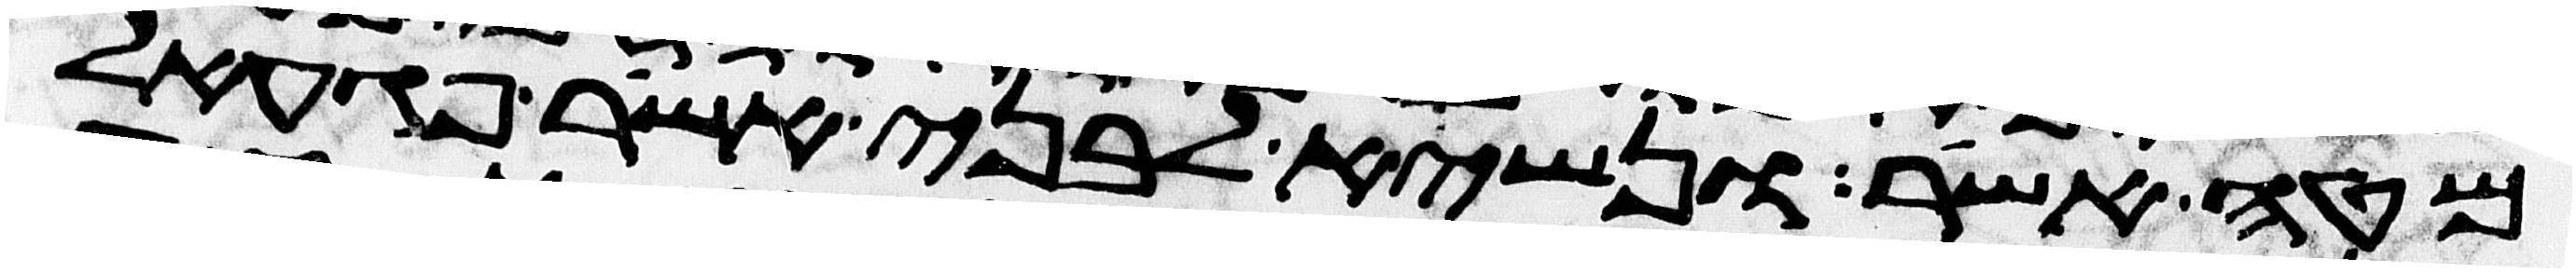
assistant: מטה אשר ונשיא לבני אשר פגעאל